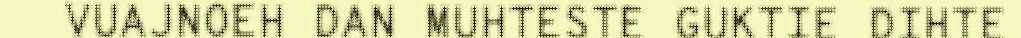
VUAJNOEH DAN MUHTESTE GUKTIE DIHTE